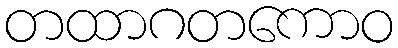
တထာဂတကောဝ